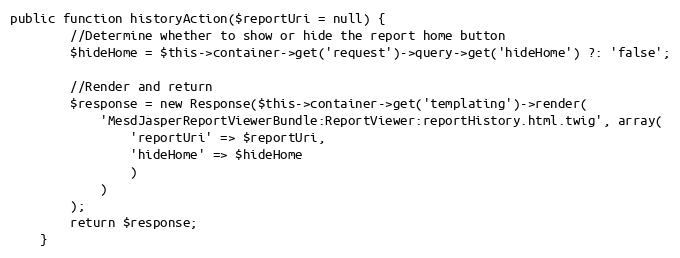
Language: PHP
public function historyAction($reportUri = null) {
        //Determine whether to show or hide the report home button
        $hideHome = $this->container->get('request')->query->get('hideHome') ?: 'false';

        //Render and return
        $response = new Response($this->container->get('templating')->render(
            'MesdJasperReportViewerBundle:ReportViewer:reportHistory.html.twig', array(
                'reportUri' => $reportUri,
                'hideHome' => $hideHome
                )
            )
        );
        return $response;
    }